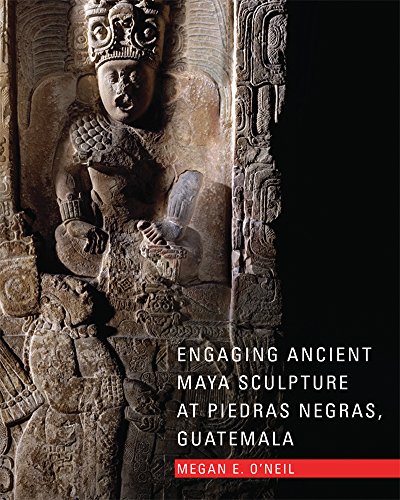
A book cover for Engaging Ancient Maya Sculpture at Piedras Negras, Guatemala; Megan E. O'Neil; History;